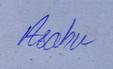
Signature authenticity: genuine